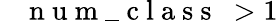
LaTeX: \mathrm{~\texttt~{~n~u~m~\_ ~c~l~a~s~s~}~}>1